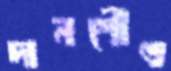
দানশৌণ্ড